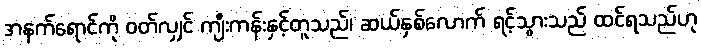
အနက်ရောင်ကို ဝတ်လျှင် ကျီးကန်းနှင့်တူသည်၊ ဆယ်နှစ်လောက် ရင့်သွားသည် ထင်ရသည်ဟု